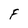
Character: F